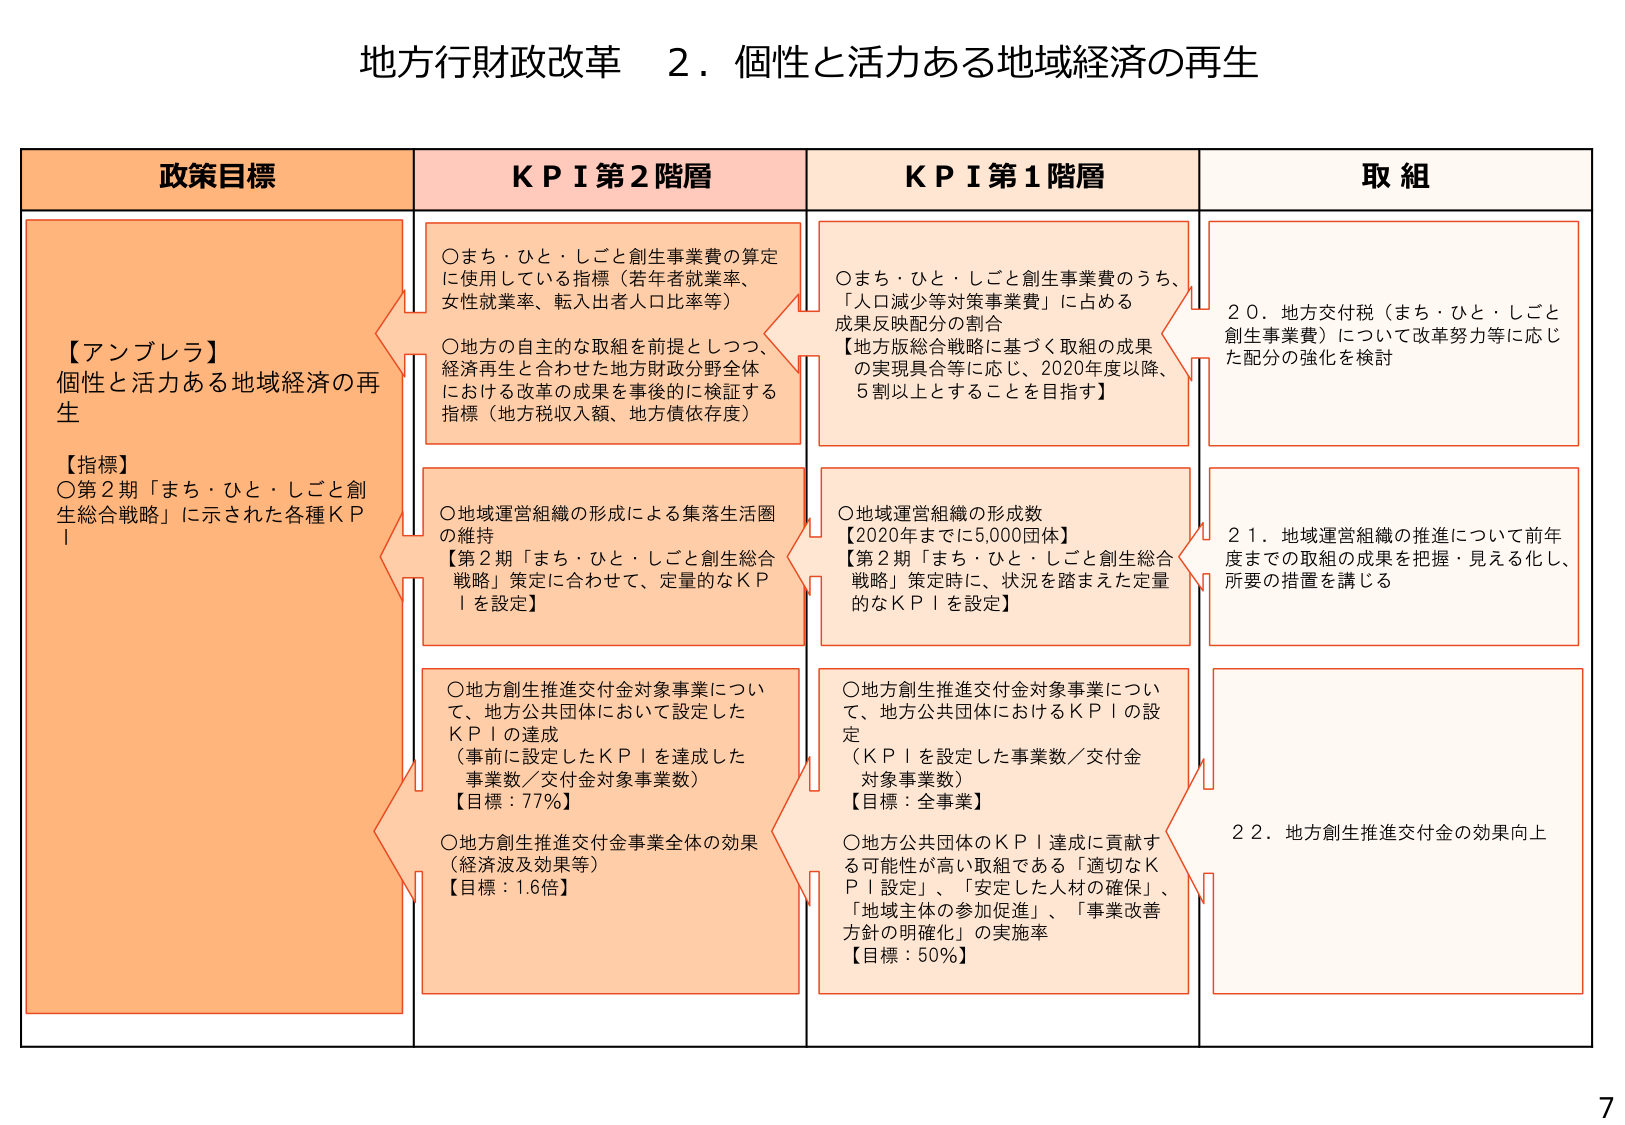
地方行財政改革 ２．個性と活力ある地域経済の再生

政策目標
【アンブレラ】
個性と活力ある地域経済の再生
【指標】
〇第２期「まち・ひと・しごと創生総合戦略」に示された各種ＫＰＩ

ＫＰＩ第２階層
〇まち・ひと・しごと創生事業費の算定に使用している指標（若年者就業率、女性就業率、転入出者人口比率等）
〇地方の自主的な取組を前提としつつ、経済再生と合わせた地方財政分野全体における改革の成果を事後的に検証する指標（地方税収入額、地方債依存度）
〇地域運営組織の形成による集落生活圏の維持
【第２期「まち・ひと・しごと創生総合戦略」策定に合わせて、定量的なＫＰＩを設定】
〇地方創生推進交付金対象事業について、地方公共団体において設定したＫＰＩの達成
（事前に設定したＫＰＩを達成した事業数／交付金対象事業数）
【目標：77％】
〇地方創生推進交付金事業全体の効果（経済波及効果等）
【目標：1.6倍】

ＫＰＩ第１階層
〇まち・ひと・しごと創生事業費のうち、「人口減少等対策事業費」に占める成果反映配分の割合
【地方版総合戦略に基づく取組の成果の実現具合等に応じ、2020年度以降、5割以上とすることを目指す】
〇地域運営組織の形成数
【2020年までに5,000団体】
【第２期「まち・ひと・しごと創生総合戦略」策定時に、状況を踏まえた定量的なＫＰＩを設定】
〇地方創生推進交付金対象事業について、地方公共団体におけるＫＰＩの設定
（ＫＰＩを設定した事業数／交付金対象事業数）
【目標：全事業】
〇地方公共団体のＫＰＩ達成に貢献する可能性が高い取組である「適切なＫＰＩ設定」、「安定した人材の確保」、「地域主体の参加促進」、「事業改善方針の明確化」の実施率
【目標：50％】

取組
２０．地方交付税（まち・ひと・しごと創生事業費）について改革努力等に応じた配分の強化を検討
２１．地域運営組織の推進について前年度までの取組の成果を把握・見える化し、所要の措置を講じる
２２．地方創生推進交付金の効果向上

7